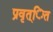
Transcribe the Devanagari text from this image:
प्रवृत्ित